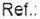
REF.: